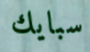
سبايك